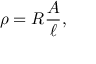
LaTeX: \rho = R { \frac { A } { \ell } } , \,